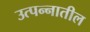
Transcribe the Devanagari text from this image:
उत्पन्‍नातील